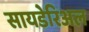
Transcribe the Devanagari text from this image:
सायडेरिअल